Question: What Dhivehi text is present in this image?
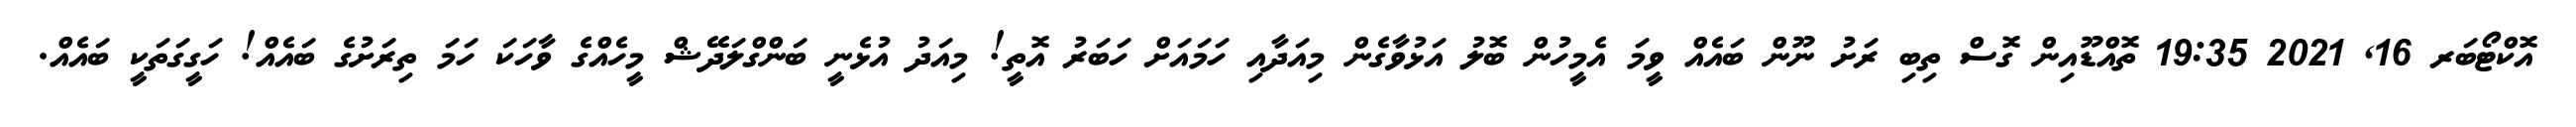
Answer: އޮކްޓޯބަރ 16, 2021 19:35 ތޮއްޑޫއިން ގޮސް ތިބި ރަށު ނޫން ބައެއް ވީމަ އެމީހުން ބޮލު އަޅުވާގެން މިއަދާއި ހަމައަށް ހަބަރު އޮތީ! މިއަދު އުޅެނީ ބަންގްލަދޭޝް މީހެއްގެ ވާހަކަ ހަމަ ތިރަށުގެ ބައެއް! ހަގީގަތަކީ ބައެއް.